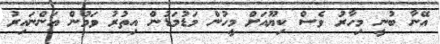
އޭނާ ބުނީ މިހާރު ވެސް ކިޔޫއަށް މީހުން މަޑުމަޑުން އިތުރު ވަމުން އަންނައިރު